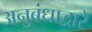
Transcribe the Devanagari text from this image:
अनुबंधाद्वारे